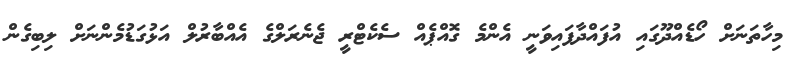
މިހާތަނަށް ހޯޑެއްދޫގައި އުފައްދާފައިވަނީ އެންމެ ގޮއްޕެއް ސެކެޓްރީ ޖެނެރަލްގެ އެއްބާރުލް އަޅުގަޑުމެންނަށް ލިބިގެން